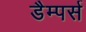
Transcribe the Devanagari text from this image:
डैम्पर्स